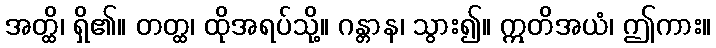
အတ္ထိ၊ ရှိ၏။ တတ္ထ၊ ထိုအရပ်သို့။ ဂန္တာန၊ သွား၍။ ဣတိအယံ၊ ဤကား။